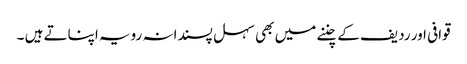
قوافی اور ردیف کے چننے میں بھی سہل پسندانہ رویہ اپناتے ہیں ۔